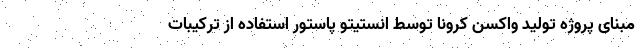
مبنای پروژه تولید واکسن کرونا توسط انستیتو پاستور استفاده از ترکیبات